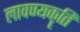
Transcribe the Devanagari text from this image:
लावण्यकॄति